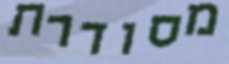
מסודרת